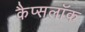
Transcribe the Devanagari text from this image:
कैप्सलॉक